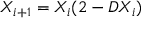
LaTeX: X _ { i + 1 } = X _ { i } ( 2 - D X _ { i } )